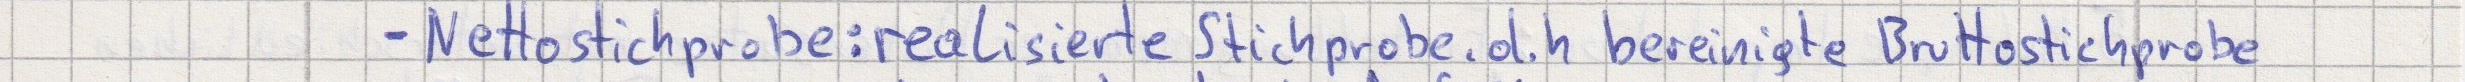
- Nettostichprobe: realisierte Stichprobe. d.h bereinigte Bruttostichprobe